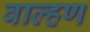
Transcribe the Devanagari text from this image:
वाल्हण